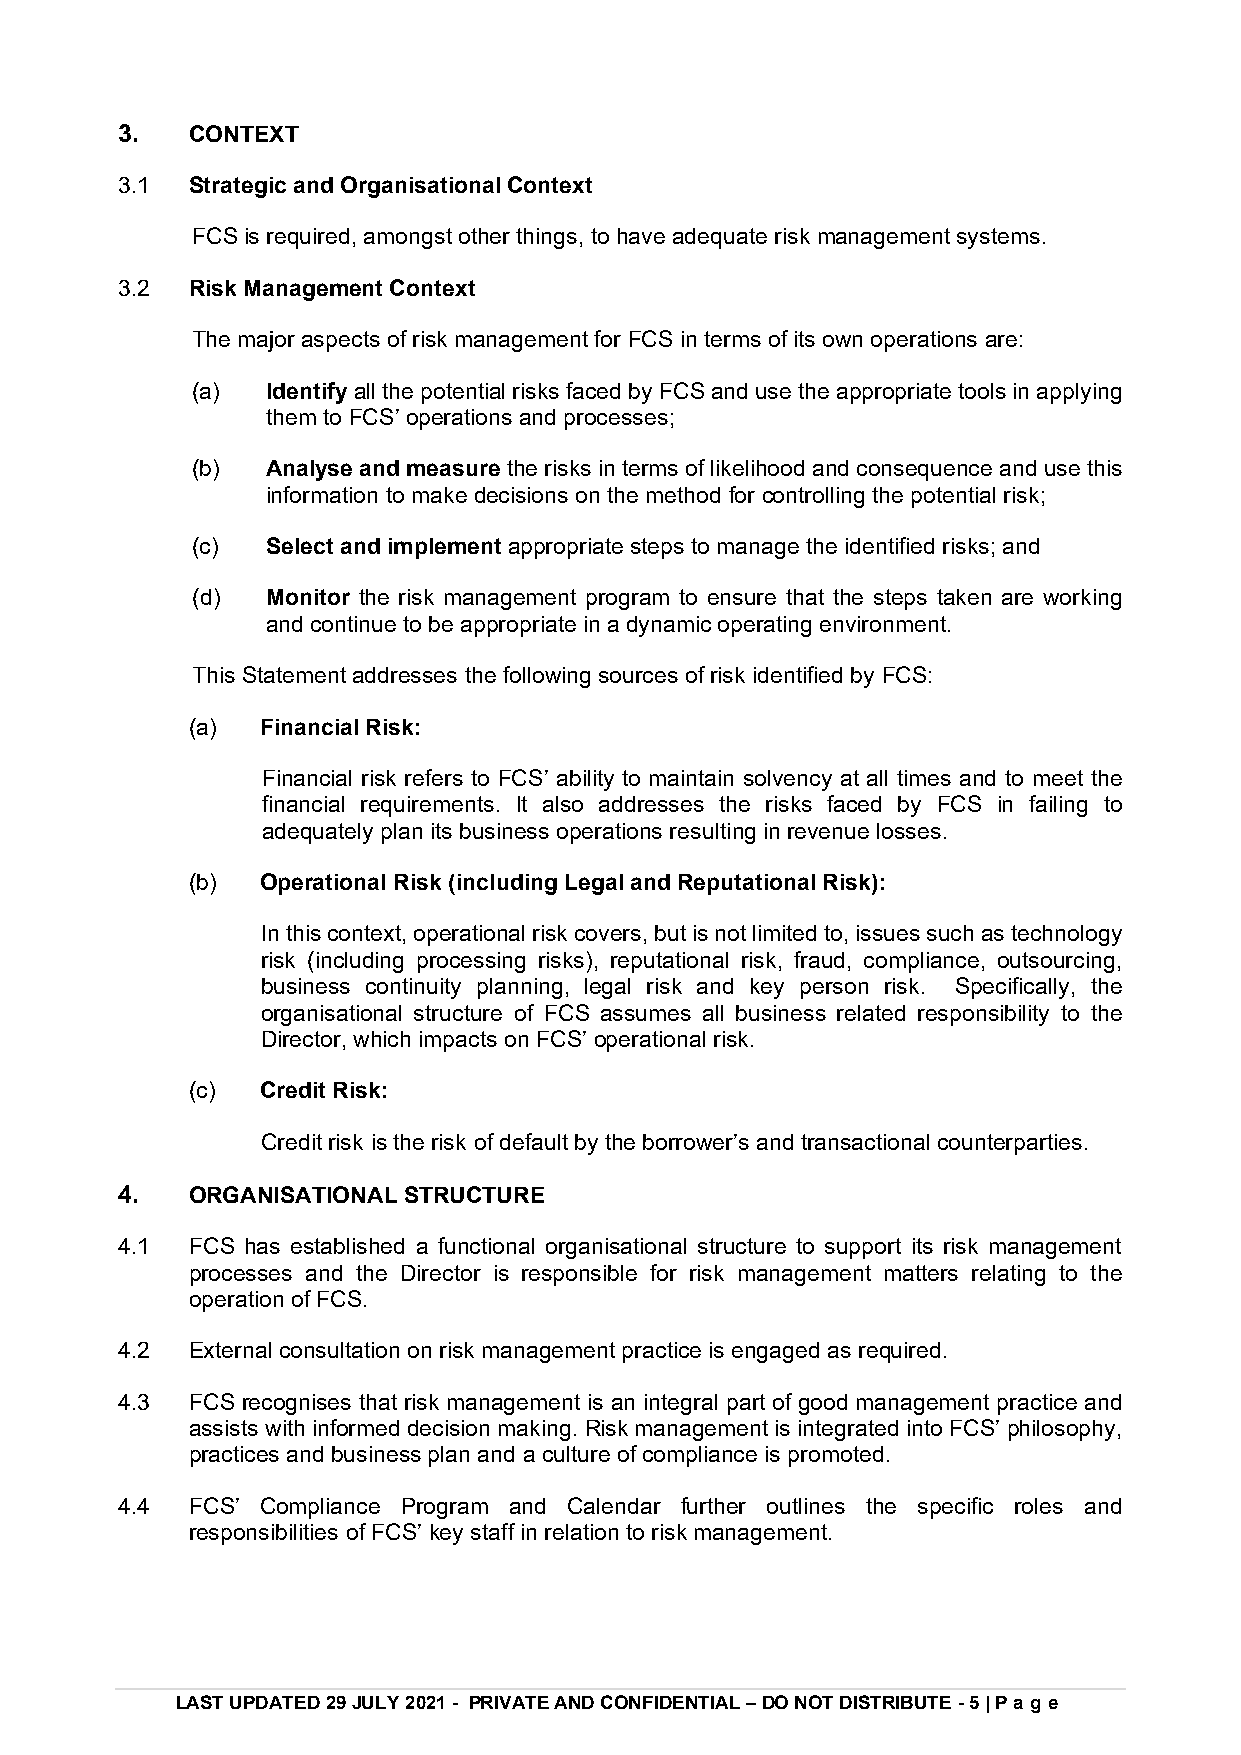
3.   CONTEXT
 3.1  Strategic and Organisational Context
 FCS is required, amongst other things, to have adequate risk management systems.
 3.2  Risk Management Context
 The major aspects of risk management for FCS in terms of its own operations are:
 (a)  Identify all the potential risks faced by FCS and use the appropriate tools in applying
 them to FCS’ operations and processes;
 (b)  Analyse and measure the risks in terms of likelihood and consequence and use this
 information to make decisions on the method for controlling the potential risk;
 (c)  Select and implement appropriate steps to manage the identified risks; and
 (d)  Monitor the risk management program to ensure that the steps taken are working
 and continue to be appropriate in a dynamic operating environment.
 This Statement addresses the following sources of risk identified by FCS:
 (a) Financial Risk:
 Financial risk refers to FCS’ ability to maintain solvency at all times and to meet the
 financial requirements. It also addresses the risks faced by FCS in failing to
 adequately plan its business operations resulting in revenue losses.
 (b) Operational Risk (including Legal and Reputational Risk):
 In this context, operational risk covers, but is not limited to, issues such as technology
 risk (including processing risks), reputational risk, fraud, compliance, outsourcing,
 business continuity planning, legal risk and key person risk. Specifically, the
 organisational structure of FCS assumes all business related responsibility to the
 Director, which impacts on FCS’ operational risk.
 (c) Credit Risk:
 Credit risk is the risk of default by the borrower’s and transactional counterparties.
 4.   ORGANISATIONAL STRUCTURE
 4.1  FCS has established a functional organisational structure to support its risk management
 processes and the Director is responsible for risk management matters relating to the
 operation of FCS.
 4.2  External consultation on risk management practice is engaged as required.
 4.3  FCS recognises that risk management is an integral part of good management practice and
 assists with informed decision making. Risk management is integrated into FCS’ philosophy,
 practices and business plan and a culture of compliance is promoted.
 4.4  FCS’ Compliance Program and Calendar further outlines the specific roles and
 responsibilities of FCS’ key staff in relation to risk management.
 LAST UPDATED 29 JULY 2021 - PRIVATE AND CONFIDENTIAL – DO NOT DISTRIBUTE - 5 | Pag e